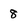
Character: 8